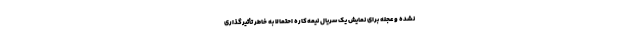
نشده و عجله برای نمایش یک سریال نیمه‌کاره احتمالاً به خاطر تأثیرگذاری